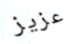
عزيز